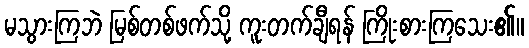
မသွားကြဘဲ မြစ်တစ်ဖက်သို့ ကူးတက်ချီရန် ကြိုးစားကြသေး၏။